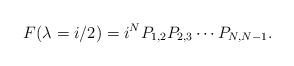
LaTeX: \begin{align*}F(\lambda = i/2) = i^N P_{1,2} P_{2,3} \cdots P_{N,N-1}. \end{align*}